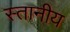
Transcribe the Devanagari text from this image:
स्तानीय